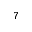
7